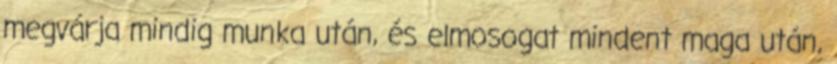
megvárja mindig munka után, és elmosogat mindent maga után,